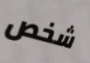
شخص